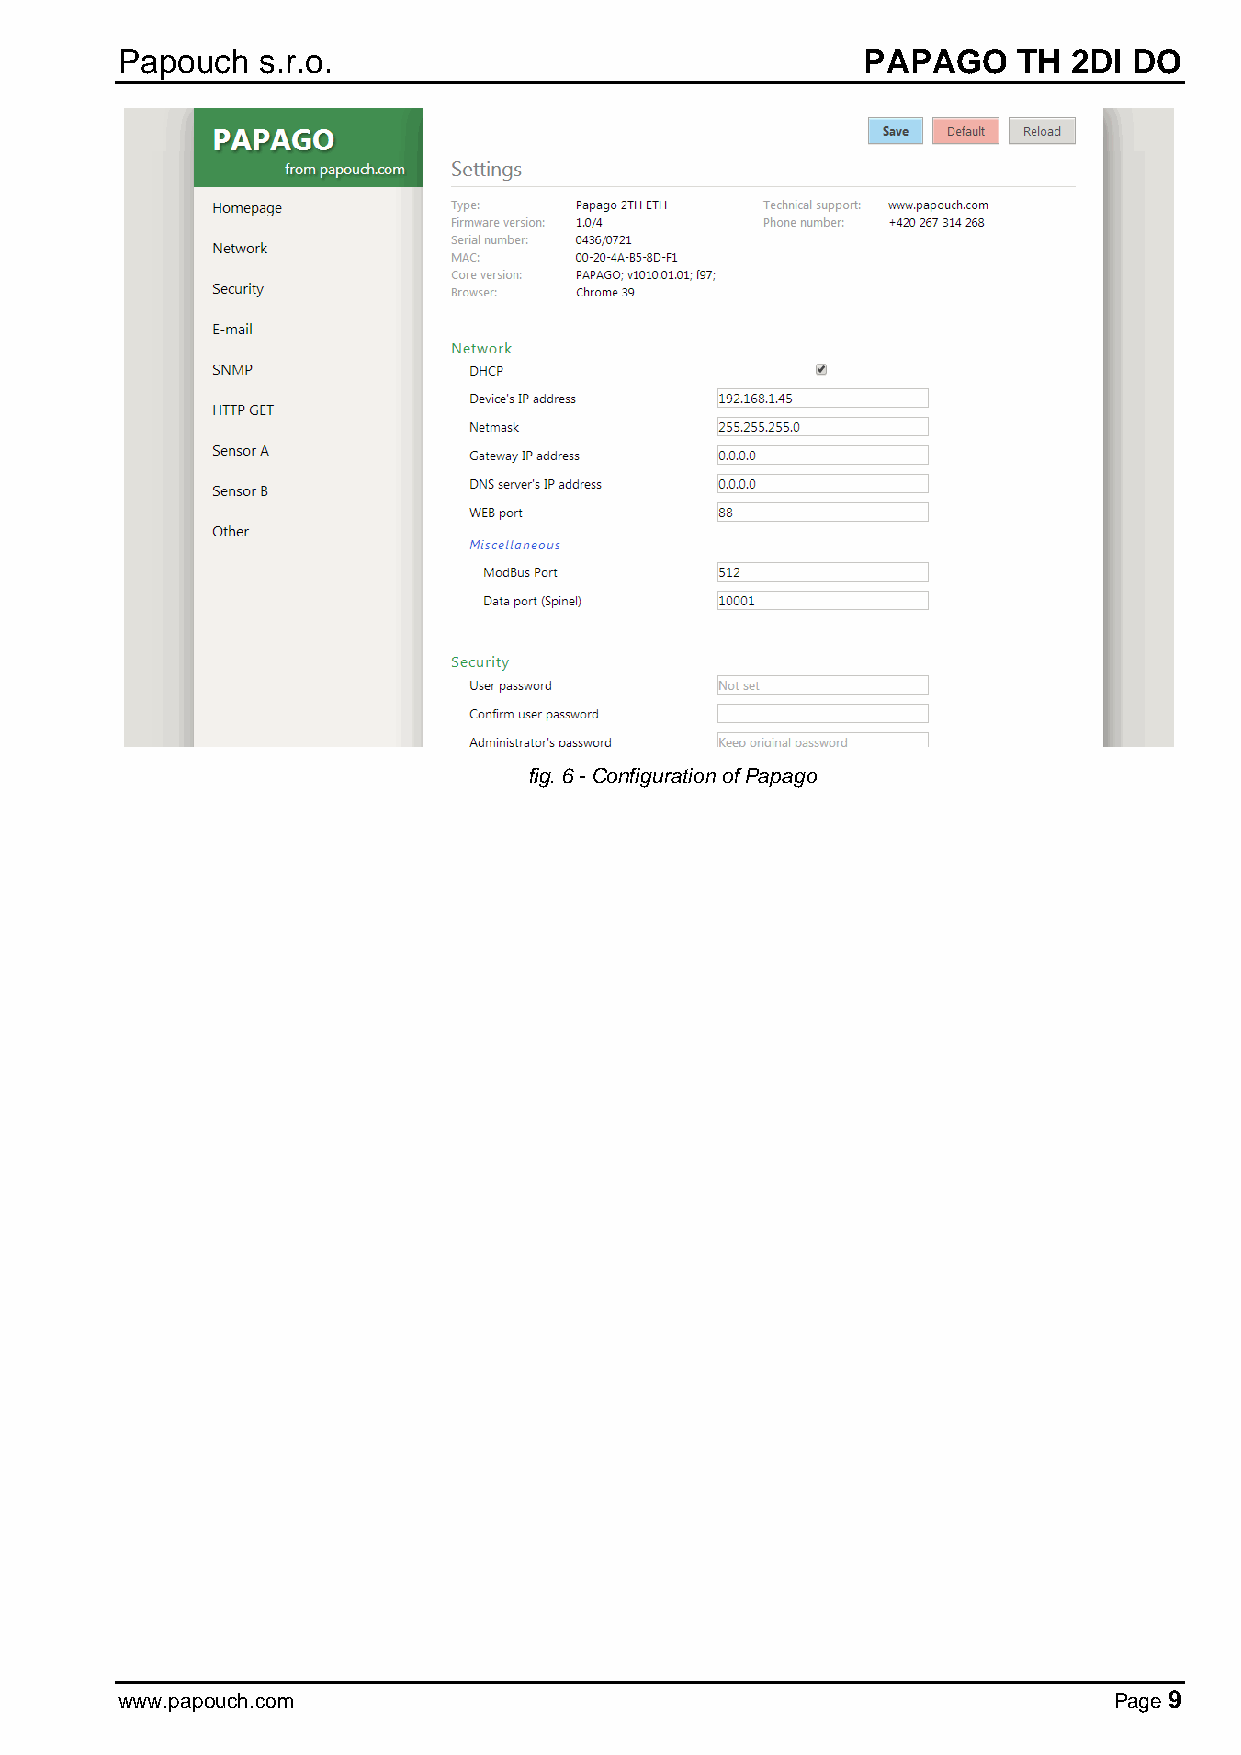
Papouch  s.r.o.                                  PAPAGO    TH  2DI DO
 fig. 6 - Configuration of Papago
 www.papouch.com                                                   Page 9